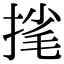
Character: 毮